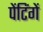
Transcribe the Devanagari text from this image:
पेंटिंगें